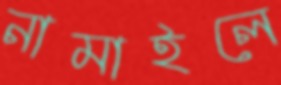
নামাইলে